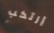
إرتكب